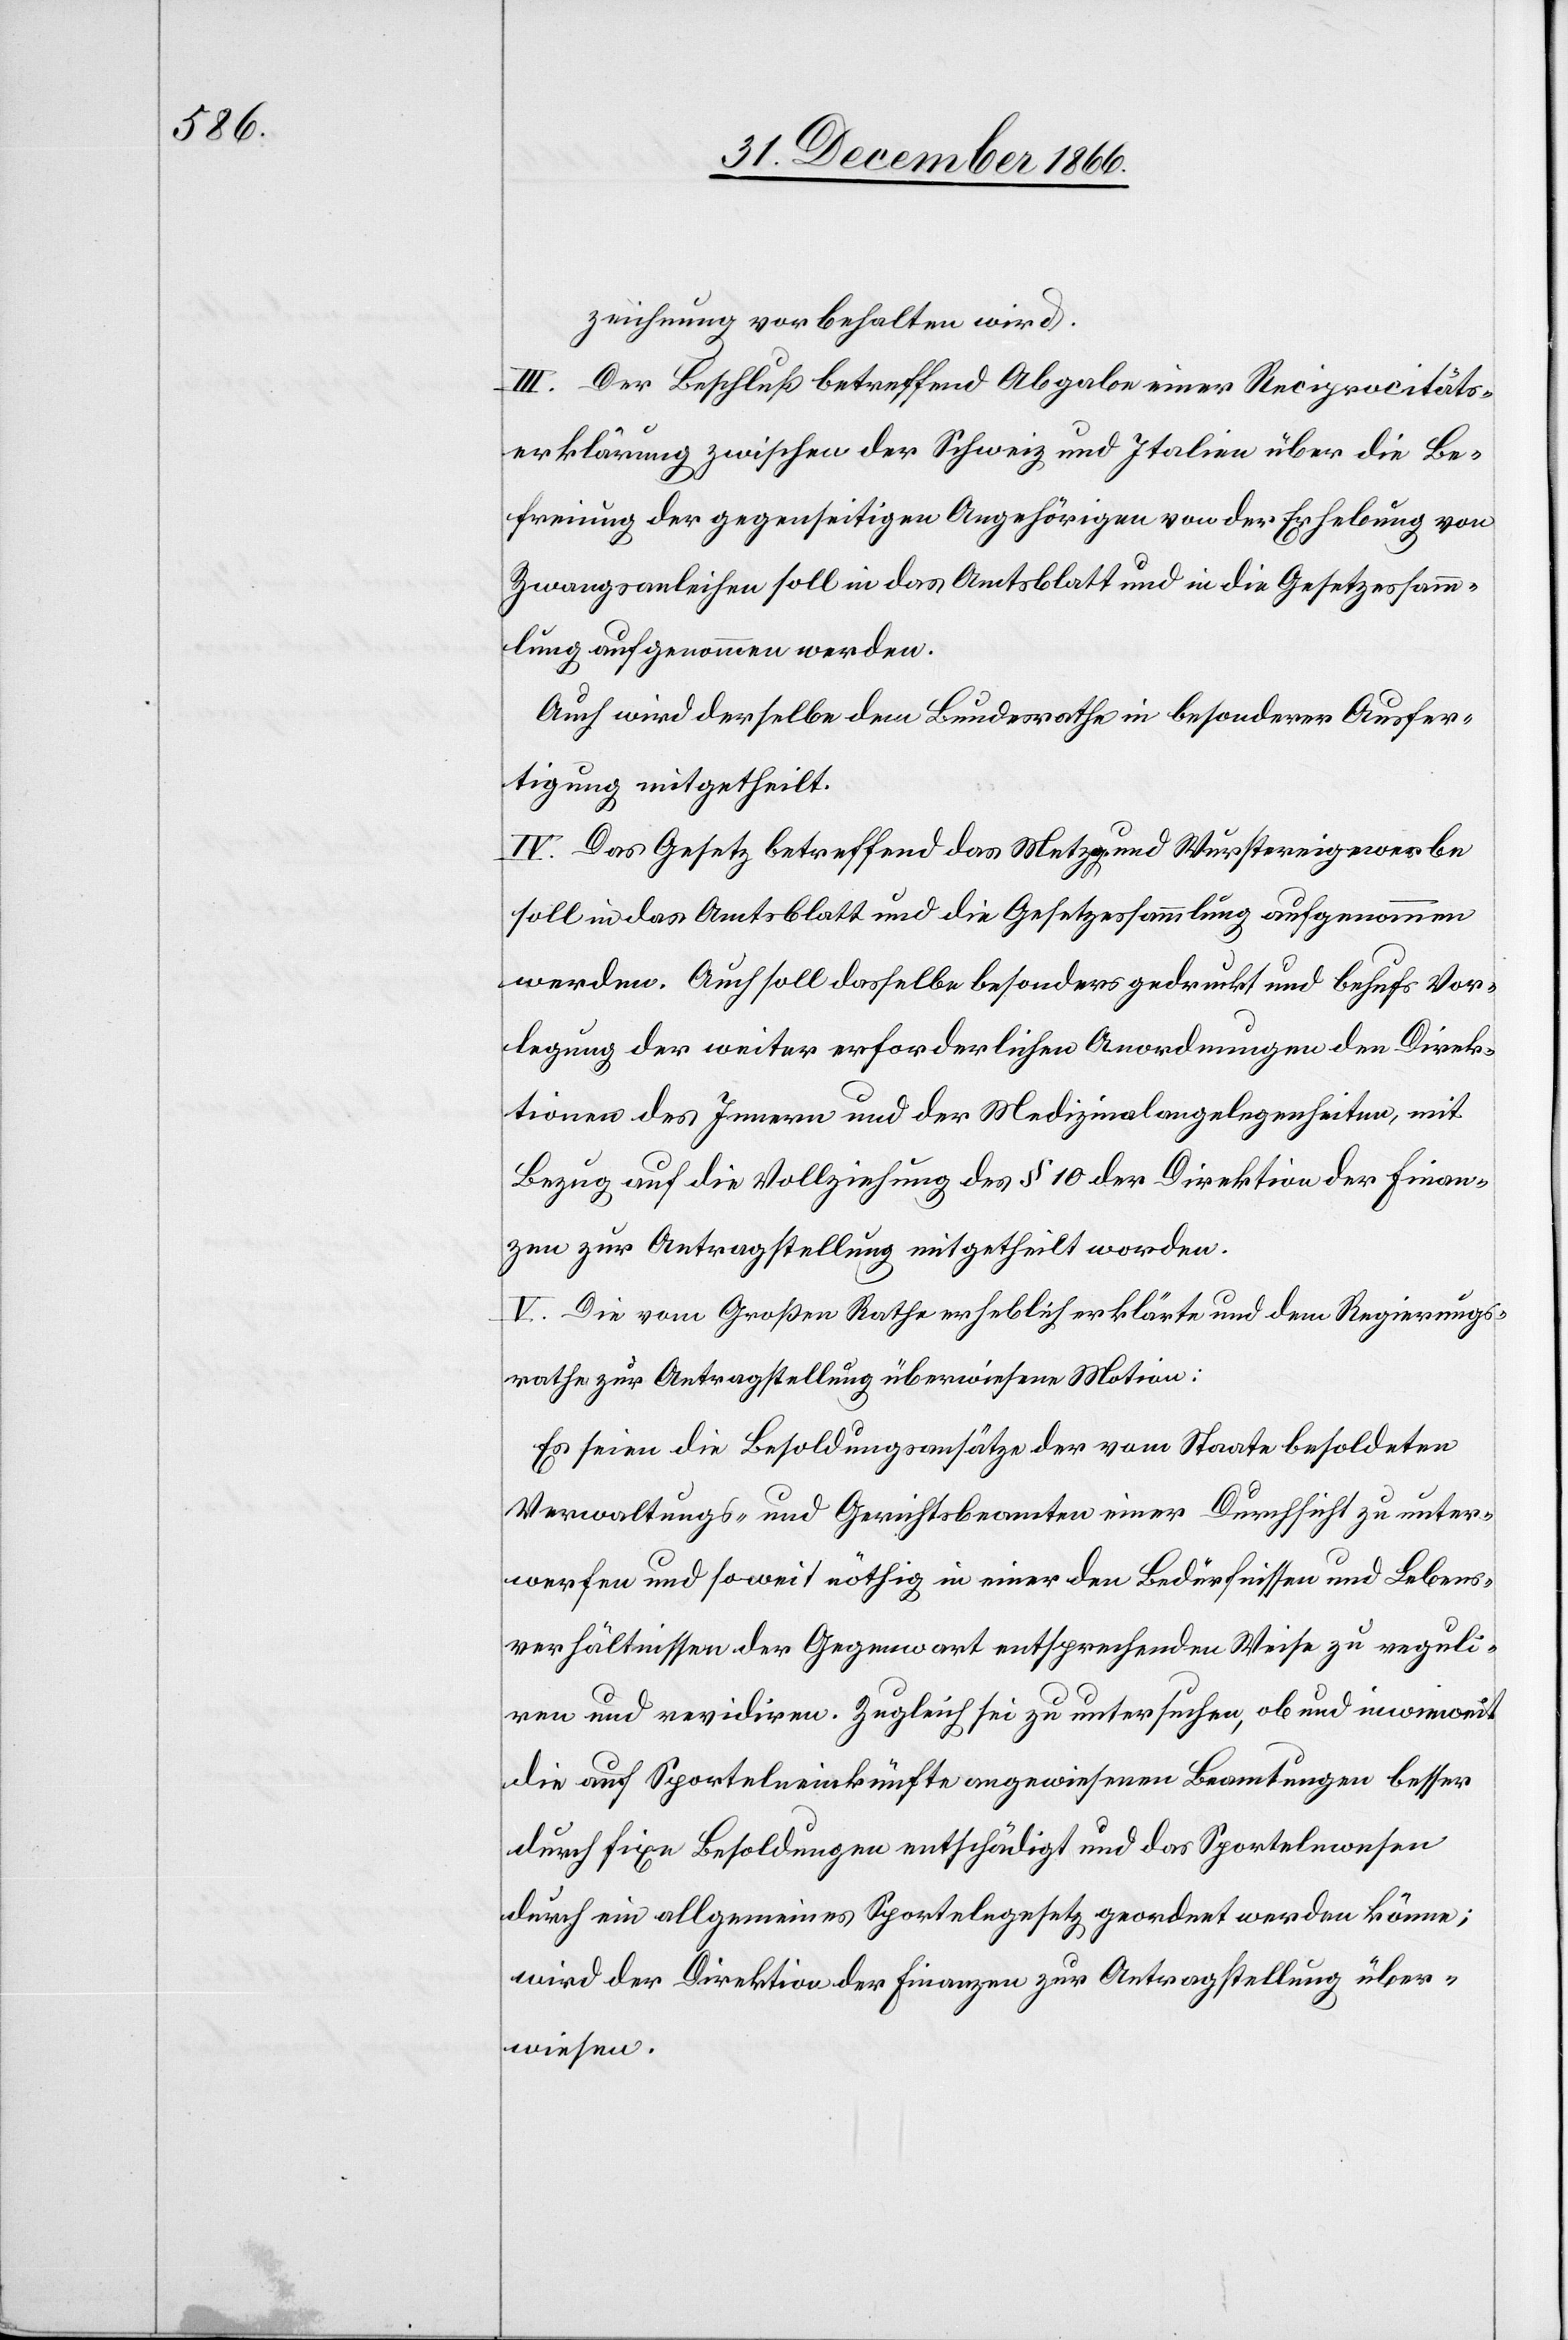
zeichnung vorbehalten wird.
III. Der Beschluß betreffend Abgabe einer Reciprocitäts¬
erklärung zwischen der Schweiz und Italien über die Be¬
freiung der gegenseitigen Angehörigen von der Erhebung von
Zwangsanleihen soll in das Amtsblatt und in die Gesetzessamm¬
lung aufgenommen werden.
Auch wird derselbe dem Bundesrathe in besonderer Ausfer¬
tigung mitgetheilt.
IV. Das Gesetz betreffend das Metzg- und Wurstereigewerbe
soll in das Amtsblatt und die Gesetzessammlung aufgenommen
werden. Auch soll dasselbe besonders gedruckt und behufs Vor¬
legung der weiter erforderlichen Anordnungen den Direk¬
tionen des Innern und der Medizinalangelegenheiten, mit
Bezug auf die Vollziehung des § 10 der Direktion der Finan¬
zen zur Antragstellung mitgetheilt werden.
V. Die vom Großen Rathe erheblich erklärte und dem Regierungs¬
rathe zur Antragstellung überwiesene Motion:
Es seien die Besoldungsansätze der vom Staate besoldeten
Verwaltungs- und Gerichtsbeamten einer Durchsicht zu unter¬
werfen und so weit nöthig in einer den Bedürfnissen und Lebens¬
verhältnissen der Gegenwart entsprechenden Weise zu reguli¬
ren und revidiren. Zugleich sei zu untersuchen, ob und inwieweit
die auf Sportelneinkünfte angewiesenen Beamtungen besser
durch fixe Besoldungen entschädigt und das Sportelnwesen
durch ein allgemeines Sportelngesetz geordnet werden könne;
wird der Direktion der Finanzen zur Antragstellung über¬
wiesen.